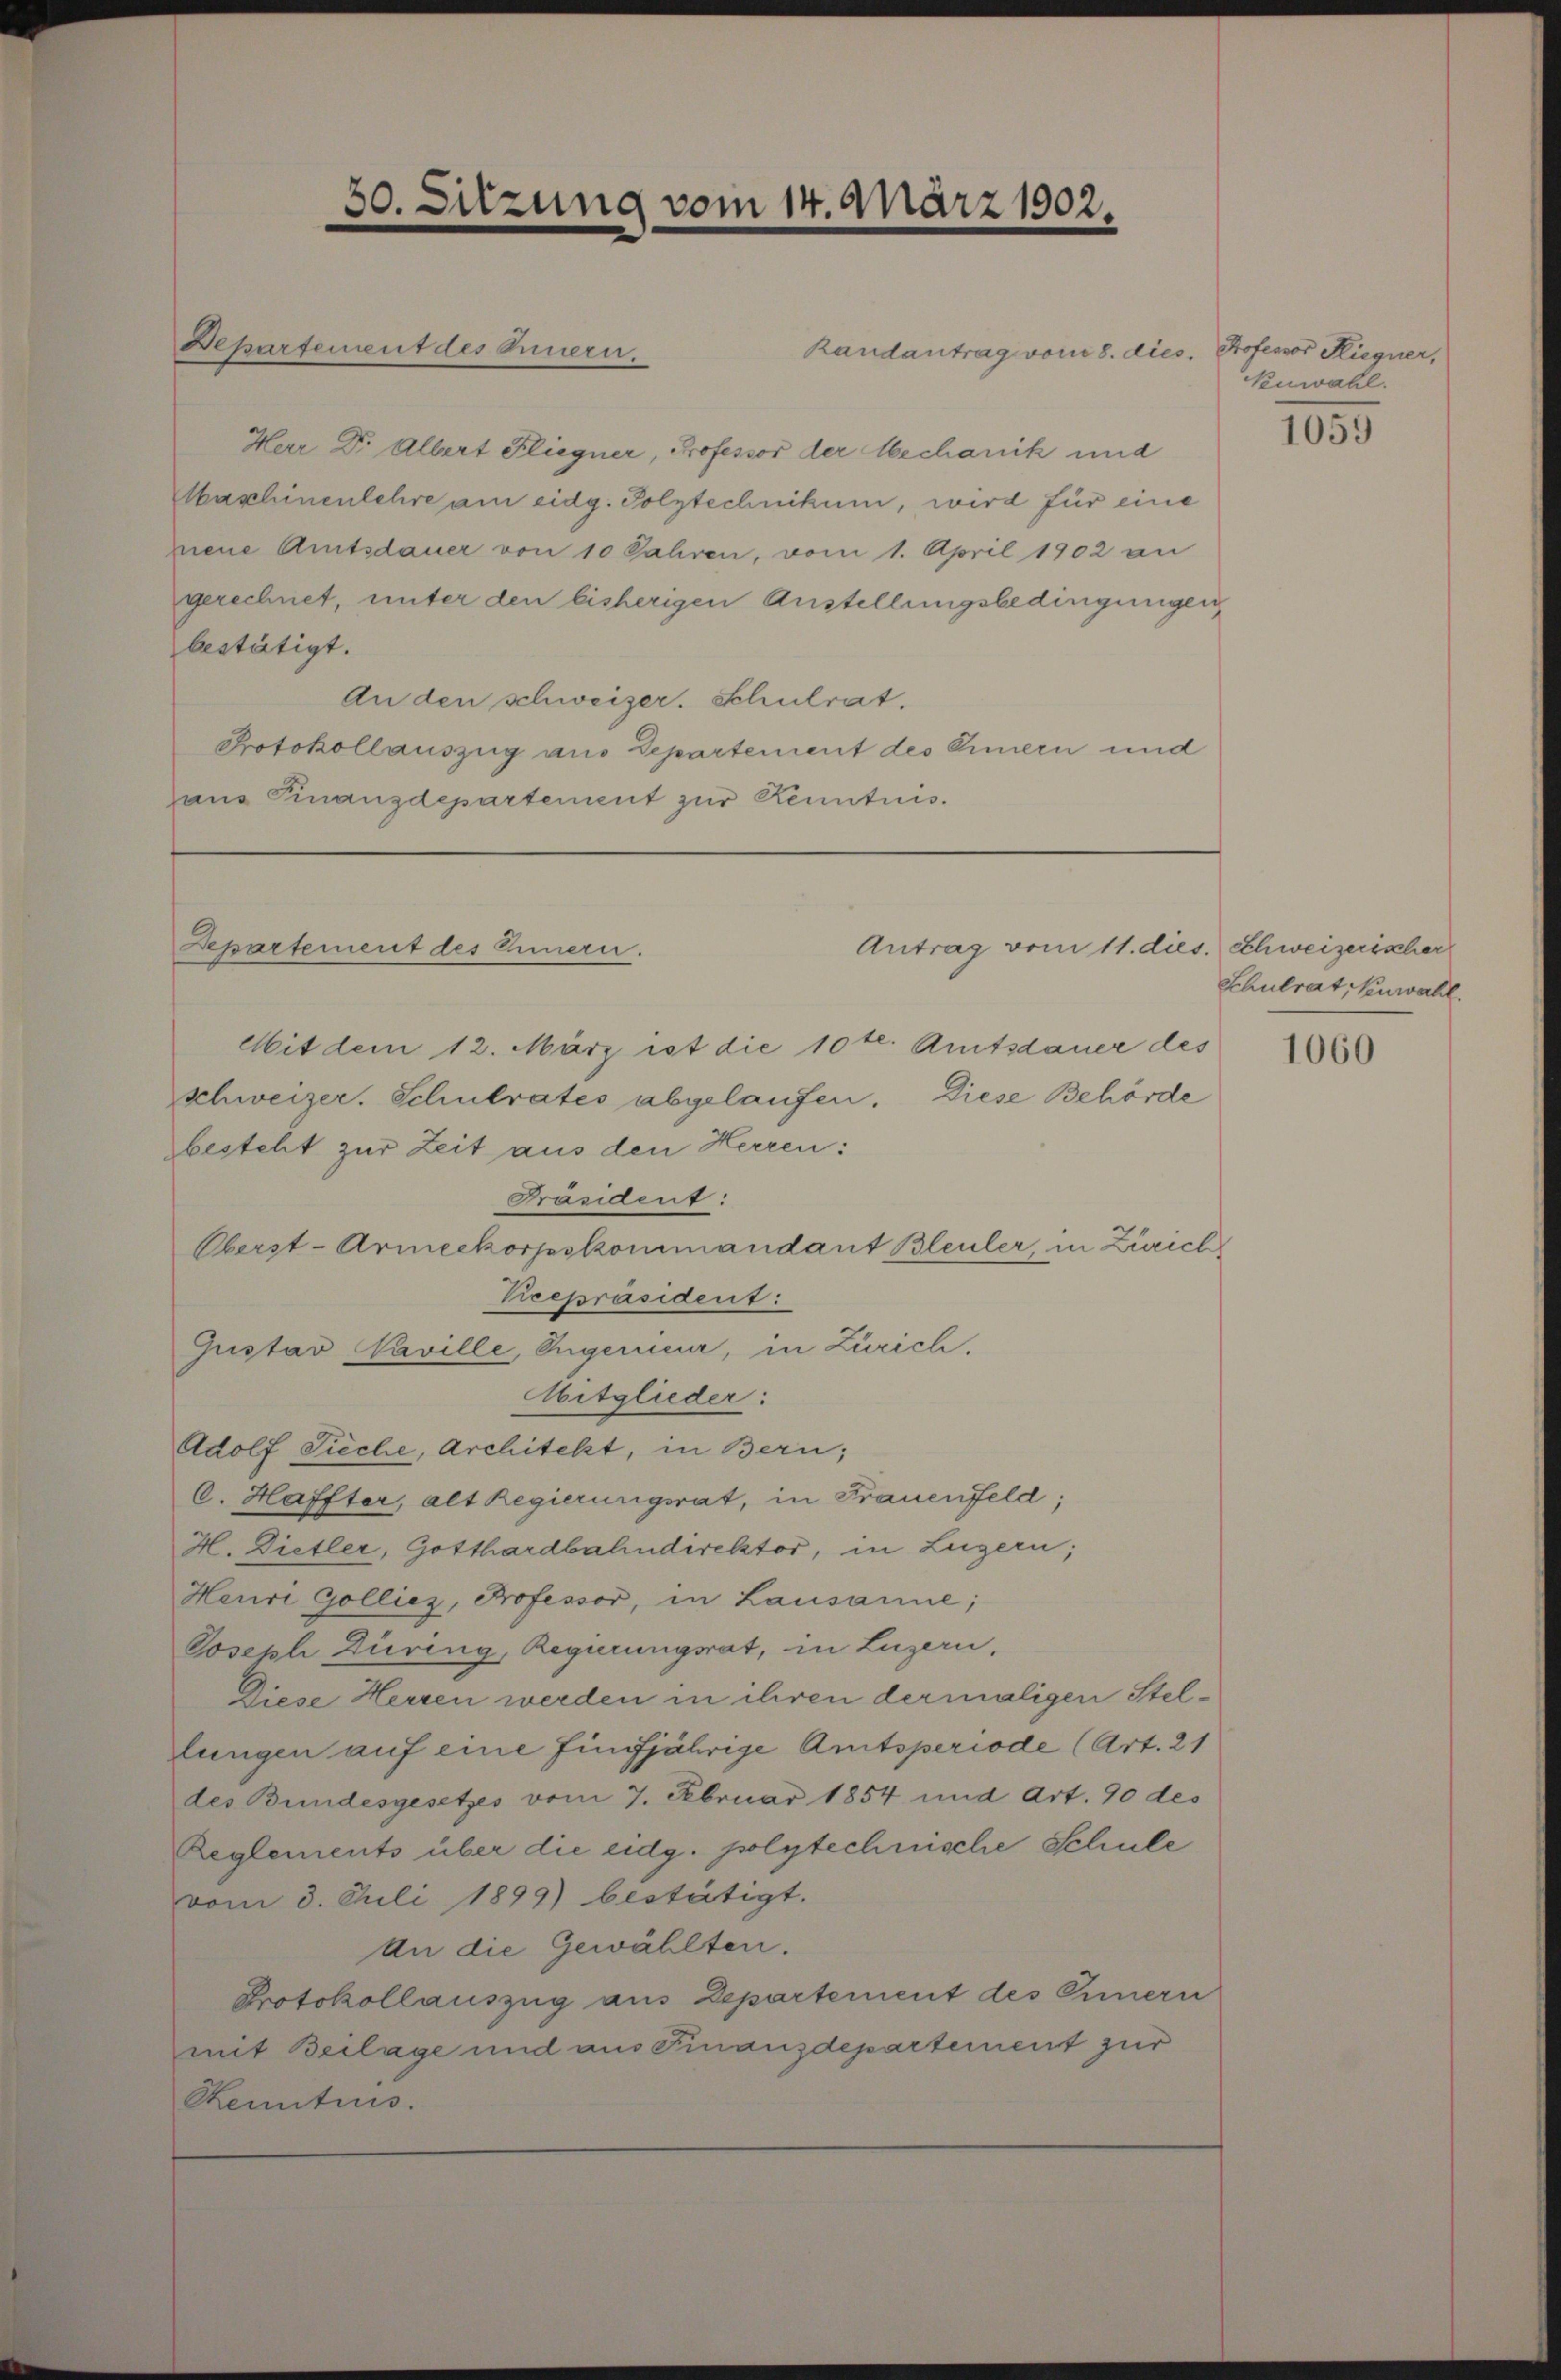
Randantrag vom 8. dies. Professor Hiegner,
Herr Dr. Albert Fliegner, Professor der Mechanik und
Maschinenlehre am eidg. Polytechnikum, wird für eine
mene Amtsdauer von 10 Jahren, vom 1. April 1902 an
gerechnet, unter den bisherigen Anstellungsbedingungen
bestätigt.
An den schweizer. Schulrat.
Protokollauszug aus Departement des einern und
Haus Finanzdepartement zur Kenntnis.

Departement des Innern.

30. Sitzung vom 14. März 1902.

Bepartement des Innern.

Antrag vom 11. dies. Schweizerischer

Mit dem 12. März ist die 10 tl. Amtsdauer des
schweizer. Schulrates abgelaufen. Diese Behörde
besteht zur Zeit aus den Herren:
Präsident:
Oberst-Armeekorpskommandant Bleuler, in Zürich
Pirepräsident:
Gustav Naville, Ingerier, in Zürich,
Abitglieder:
Adolf Siche, Architekt, in Bern;
C. Haffter, alt Regierungsrat, in Frauenfeld;
H. Dietler, Gotthardbahndirektor, in Luzern,
Heure Golliez, Professor, in Lausanne;
Joseph Düring, Regierungsrat, in Luzern,
Diese Herren werden in ihren dermaligen Stellungen auf eine fünfjährige Amtsperiode (Art. 21
des Bundesgesetzes vom 7. Februar 1854 und Art. 90 des
Reglements über die eidg. polytechnische Schule
vom 3. Juli 1899) bestätigt.
An die Gewählten.
Protokollauszug aus Departement des Innern
mit Beilage und aus Finanzdepartement zur
Kenntnis.

Kuwahl.

1059

Schulrat, Senwall.

1060